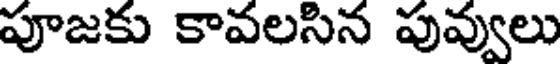
పూజకు కావలసిన పువ్వులు